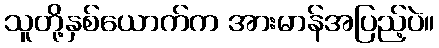
သူတို့နှစ်ယောက်က အားမာန်အပြည့်ပဲ။